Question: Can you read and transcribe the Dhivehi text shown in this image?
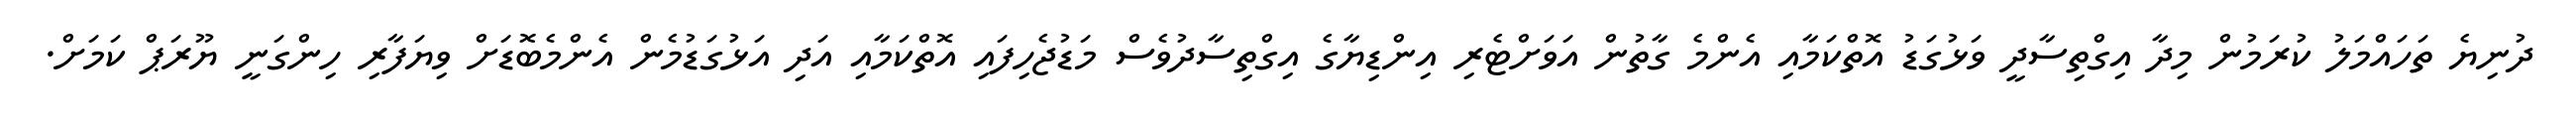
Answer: ދުނިޔެ ތަހައްމަލު ކުރަމުން މިދާ އިގްތިސާދީ ވަޅުގަޑު އޮތްކަމާއި އެންމެ ގާތުން އަވަށްޓެރި އިންޑިޔާގެ އިގްތިސާދުވެސް މަޑުޖެހިފައި އޮތްކަމާއި އަދި އަޅުގަޑުމެން އެންމެބޮޑަށް ވިޔަފާރި ހިންގަނީ ޔޫރަޕް ކަމަށް.